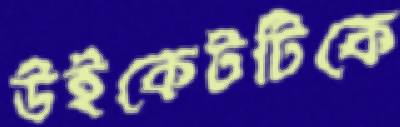
উইকেটটিকে